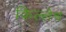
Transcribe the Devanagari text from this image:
किल्लेच